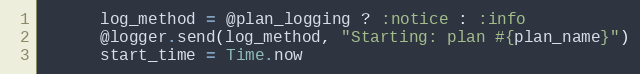
Language: Ruby
      log_method = @plan_logging ? :notice : :info
      @logger.send(log_method, "Starting: plan #{plan_name}")
      start_time = Time.now